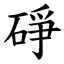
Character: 碀